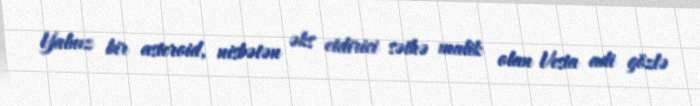
Yalnız bir asteroid, nisbətən əks etdirici səthə malik olan Vesta adi gözlə